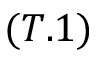
( T . 1 )